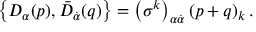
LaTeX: \left\{ D _ { \alpha } ( p ) , \bar { D } _ { \dot { \alpha } } ( q ) \right\} = \left( \sigma ^ { k } \right) _ { \alpha \dot { \alpha } } \left( p + q \right) _ { k } .